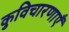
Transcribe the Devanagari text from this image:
कुविचारणाएँ